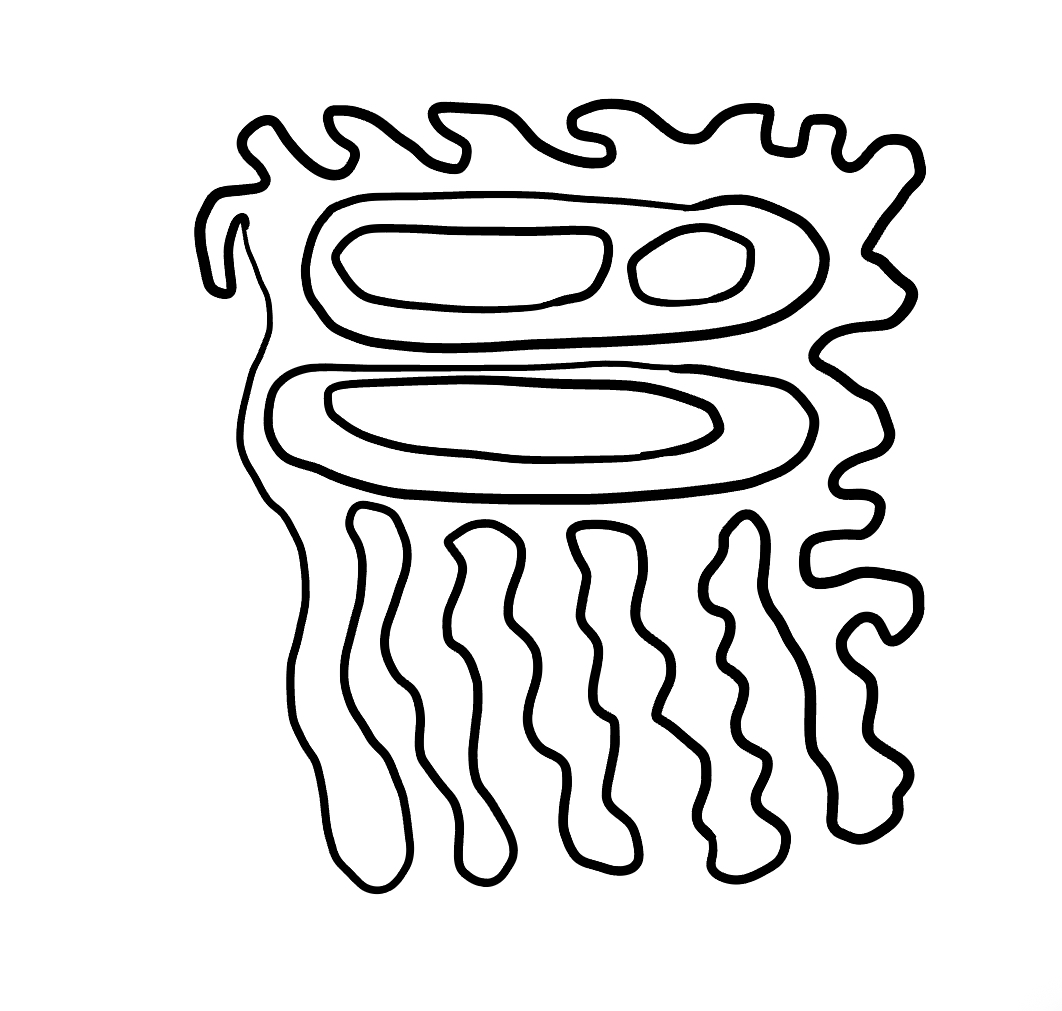
Number of regions (including the outer root region): 7
Containment tree edges (parent, child): 0, 1, 1, 2, 1, 4, 2, 3, 4, 5, 4, 6